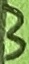
Text: 3